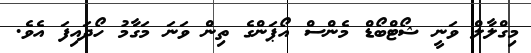
މިގްލާލް ވަނީ ޝޯޓްބޯޑް މެންސް އޯޕަންގެ ތިން ވަނަ މަގާމު ހޯދައިފަ އެވެ.